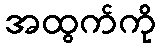
အထွက်ကို